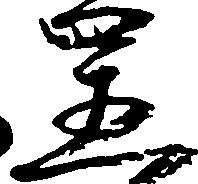
置